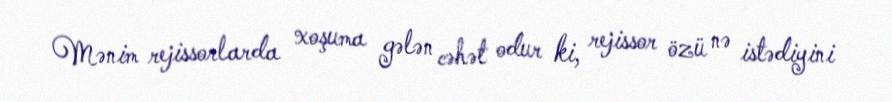
Mənim rejissorlarda xoşuma gələn cəhət odur ki, rejissor özü nə istədiyini